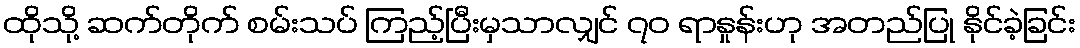
ထိုသို့ ဆက်တိုက် စမ်းသပ် ကြည့်ပြီးမှသာလျှင် ၇၀ ရာနှုန်းဟု အတည်ပြု နိုင်ခဲ့ခြင်း